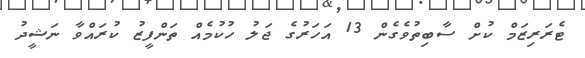
ޓެރަރިޒަމް ކުށް ސާބިތުވެގެން 13 އަހަރުގެ ޖަލު ހުކުމެއް ތަންފީޒު ކުރައްވާ ނަޝީދު